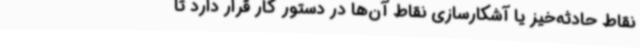
نقاط حادثه‌خیز یا آشکارسازی نقاط آن‌ها در دستور کار قرار دارد تا